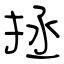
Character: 拯